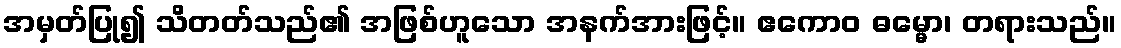
အမှတ်ပြု၍ သိတတ်သည်၏ အဖြစ်ဟူသော အနက်အားဖြင့်။ ဧကောဝ ဓမ္မော၊ တရားသည်။